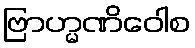
ဗြာဟ္မဏိဝေါစ